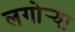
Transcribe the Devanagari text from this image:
लगोर्‍या